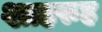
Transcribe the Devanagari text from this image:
शाहरुह